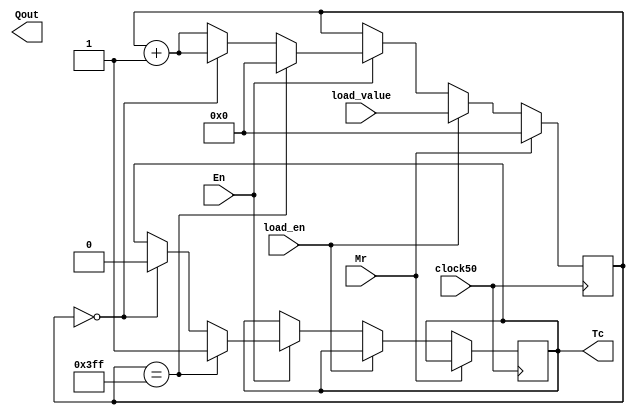
module Variablebitcounter(clock50, Mr, En, load_en, load_value, Qout, Tc);

	parameter width = 10;

	input clock50;
	input Mr;					//Master Reset
	input En;
	input load_en;
	input [width-1:0]load_value;
	output [width-1:0]Qout;
	output Tc;
	

	
	reg [width-1:0]counter;
	reg counter_finished;
	reg [width-1:0]current_count;
	
	
	always@(posedge(clock50))
		begin
			if (Mr) counter = 0;
			else if (load_en) counter[width-1:0] = load_value[width-1:0];
			else if (En)
				begin
					if (counter == ((2**width)-1)) 
						begin
							counter = 0;
							counter_finished = 1;
						end
					else if (counter == 0)
						begin
							counter_finished = 0;
							counter = counter + 1;
						end
					else counter = counter + 1'b1;
				end
		end

	assign Tc = counter_finished;
	
	
endmodule